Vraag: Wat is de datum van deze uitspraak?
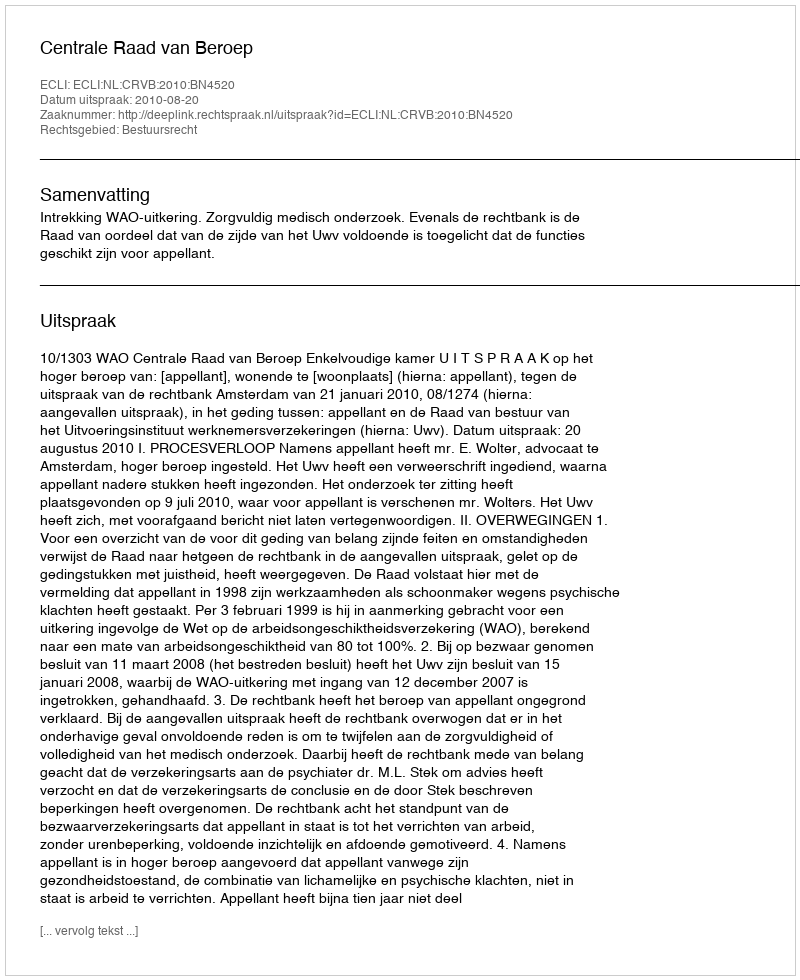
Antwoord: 2010-08-20